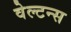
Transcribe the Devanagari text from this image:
वेल्टन्स